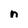
Character: n